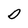
Character: O